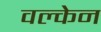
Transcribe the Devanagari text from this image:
वल्केन